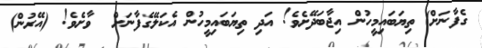
ގެފާނަށް) ތިޔަބައިމީހުން އިޖާބަދޭށެވެ! އަދި ތިޔަބައިމީހުން އެކަލޭގެފާނަށް  ވާށެވެ! (އޭރުން)